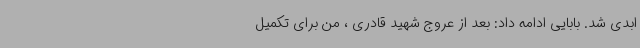
ابدی شد. بابایی ادامه داد: بعد از عروج شهید قادری ، من برای تکمیل